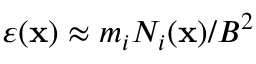
\varepsilon ( { \bf x } ) \approx { m _ { i } N _ { i } ( { \bf x } ) / B ^ { 2 } }